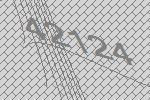
42124